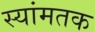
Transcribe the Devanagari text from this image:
स्यांमतक